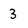
Character: 3